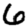
Digit: 6